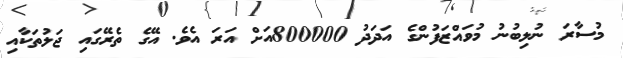
މުސާރަ ނުލިބުނު މުވައްޒަފުންގެ އަދަދު 800000އަށް އަރަ އެވެ. އޭގެ ތެރޭގައި ޖަލުތަކާއި